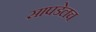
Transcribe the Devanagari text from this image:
सापडेलच